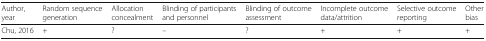
<table><thead><tr><td><b>Author, year</b></td><td><b>Random sequence generation</b></td><td><b>Allocation concealment</b></td><td><b>Blinding of participants and personnel</b></td><td><b>Blinding of outcome assessment</b></td><td><b>Incomplete outcome data/attrition</b></td><td><b>Selective outcome reporting</b></td><td><b>Other bias</b></td></tr></thead><tbody><tr><td>Chu, 2016</td><td>+</td><td>?</td><td>–</td><td>?</td><td>+</td><td>+</td><td>+</td></tr></tbody></table>